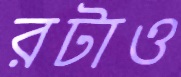
রটাও